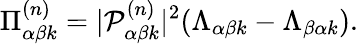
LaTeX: \Pi_{\alpha\beta k}^{(n)}=|\mathcal{P}_{\alpha\beta k}^{(n)}|^{2}(\Lambda_{\alpha\beta k}-\Lambda_{\beta\alpha k}).